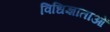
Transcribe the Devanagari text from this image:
विधिज्ञाताओं